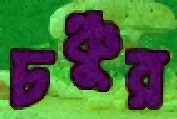
চঞ্চুর